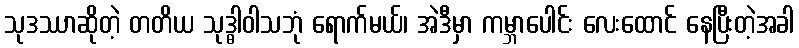
သုဒဿာဆိုတဲ့ တတိယ သုဒ္ဓါဝါသဘုံ ရောက်မယ်၊ အဲဒီမှာ ကမ္ဘာပေါင်း လေးထောင် နေပြီးတဲ့အခါ